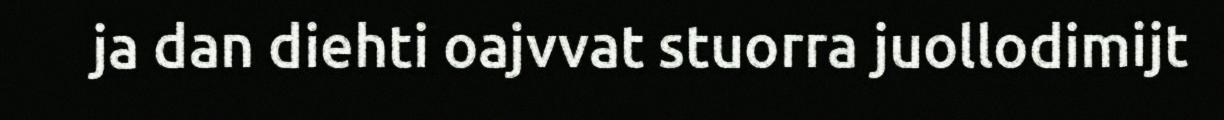
ja dan diehti oajvvat stuorra juollodimijt